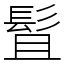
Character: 䯶